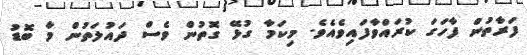
ފަރާތުން ފާހަގަ ކުރައްވާފައިވެއެވެ. މިކަމާ ގުޅޭ ގޮތުން ވެސް ދައުލަތުން މާ ބޮޑު